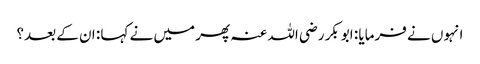
انہوں نے فرمایا : ابوبکر رضی اللہ عنہ پھر میں نے کہا : ان کے بعد؟